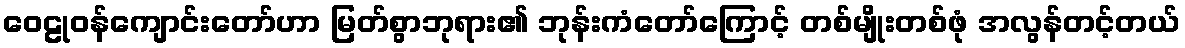
ဝေဠုဝန်ကျောင်းတော်ဟာ မြတ်စွာဘုရား၏ ဘုန်းကံတော်ကြောင့် တစ်မျိုးတစ်ဖုံ အလွန်တင့်တယ်